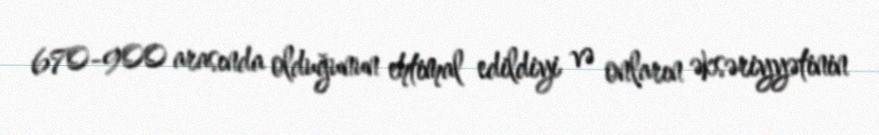
670-900 arasında olduğunun ehtimal edildiyi və onların əksəriyyətinin